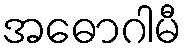
အဓောဂါမီ